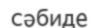
сәбиде